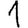
Digit: 1